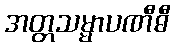
အတ္တသမ္မာပဏီဓီ